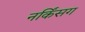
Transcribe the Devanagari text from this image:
नर्किंसग